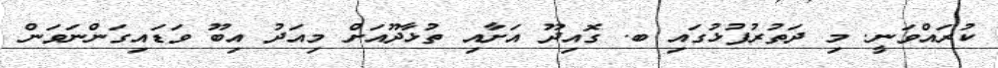
ކުރައްވަނީ. މި ދަތުރުފުޅުގައި ބ. ގޮއިދޫ އަށާއި ތުޅާދޫއަށް މިއަދު އިބޫ ވަޑައިގަންނަވަން